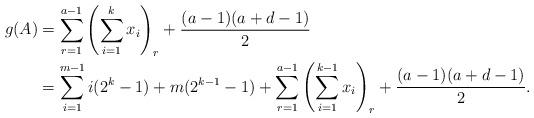
LaTeX: \begin{align*}g(A)&=\sum_{r=1}^{a-1}\left(\sum_{i=1}^{k}x_i\right)_r+\frac{(a-1)(a+d-1)}{2}\\&=\sum_{i=1}^{m-1}i(2^k-1)+m(2^{k-1}-1)+\sum_{r=1}^{a-1}\left(\sum_{i=1}^{k-1}x_i\right)_r+\frac{(a-1)(a+d-1)}{2}.\end{align*}